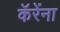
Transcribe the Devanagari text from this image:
कॅरेंना